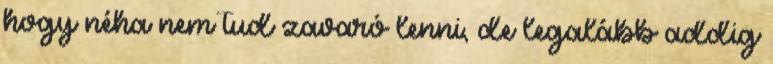
hogy néha nem tud zavaró lenni, de legalább addig